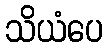
သိယံပေ